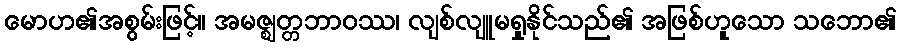
မောဟ၏အစွမ်းဖြင့်။ အမဇ္ဈတ္တဘာဝဿ၊ လျစ်လျူမရှုနိုင်သည်၏ အဖြစ်ဟူသော သဘော၏